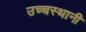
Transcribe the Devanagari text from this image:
उच्चस्थानी